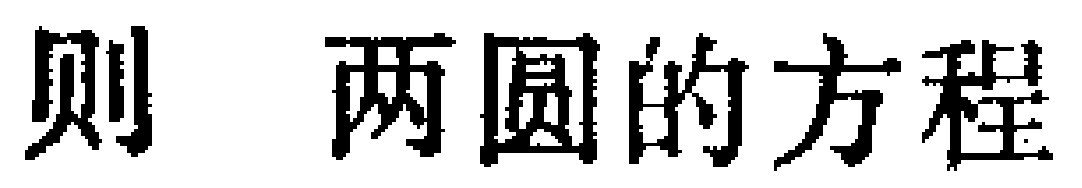
则 两圆的方程